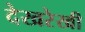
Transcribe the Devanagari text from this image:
देखरेखी